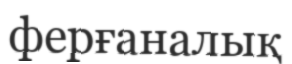
ферғаналық